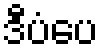
ဒီပံပေ